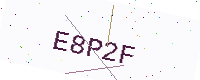
Text: E8P2F